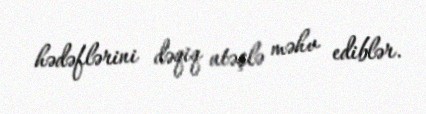
hədəflərini dəqiq atəşlə məhv ediblər.